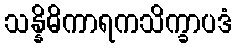
သန္နိဓိကာရကသိက္ခာပဒံ